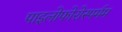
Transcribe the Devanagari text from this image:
पाइलोफोरोस्पर्मम